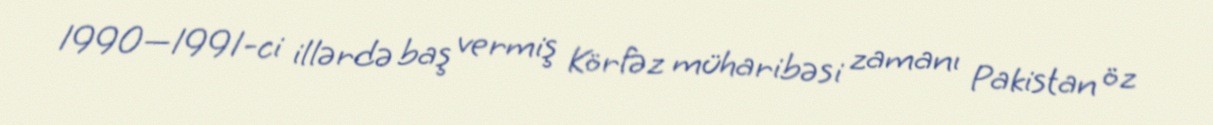
1990—1991-ci illərdə baş vermiş Körfəz müharibəsi zamanı Pakistan öz